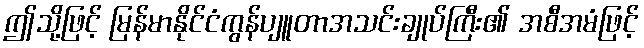
ဤသို့ဖြင့် မြန်မာနိုင်ငံကွန်ပျူတာအသင်းချုပ်ကြီး၏ အစီအမံဖြင့်